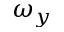
\omega _ { y }